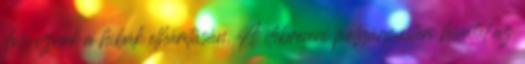
dolgoznak a hibák elhárításán. A debreceni polgármesteri hivatal az